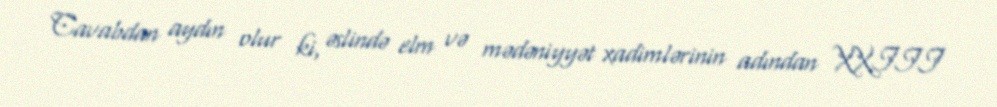
Cavabdan aydın olur ki, əslində elm və mədəniyyət xadimlərinin adından XXIII